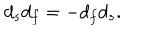
d _ { s } d _ { f } = - d _ { f } d _ { s } .